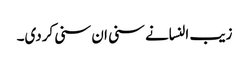
زیب النسانے سنی ان سنی کردی۔